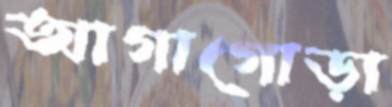
আগাগোড়া